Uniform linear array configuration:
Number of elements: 12
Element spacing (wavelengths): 1
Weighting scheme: exponential
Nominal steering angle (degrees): -30
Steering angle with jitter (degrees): -31.325
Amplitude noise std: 0.05
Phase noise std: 0.05

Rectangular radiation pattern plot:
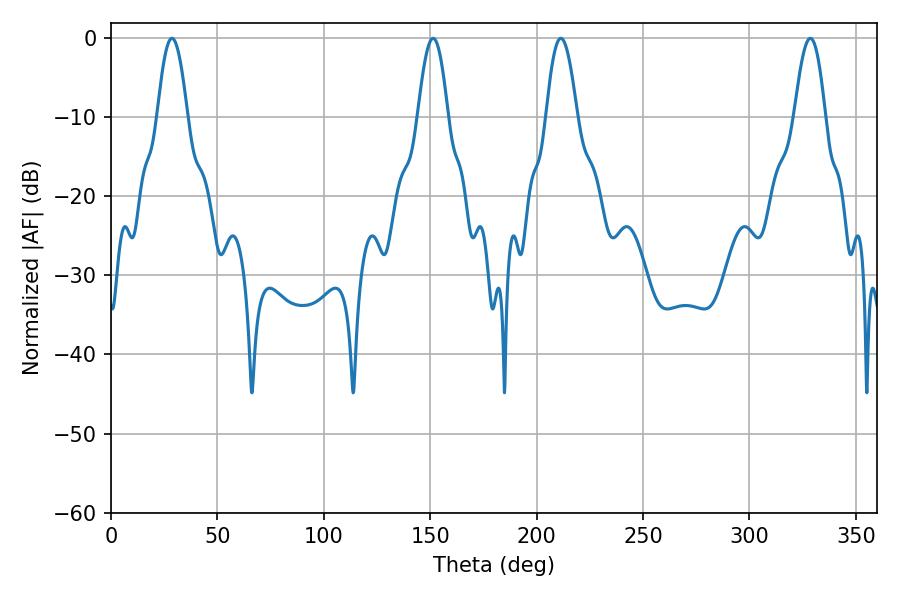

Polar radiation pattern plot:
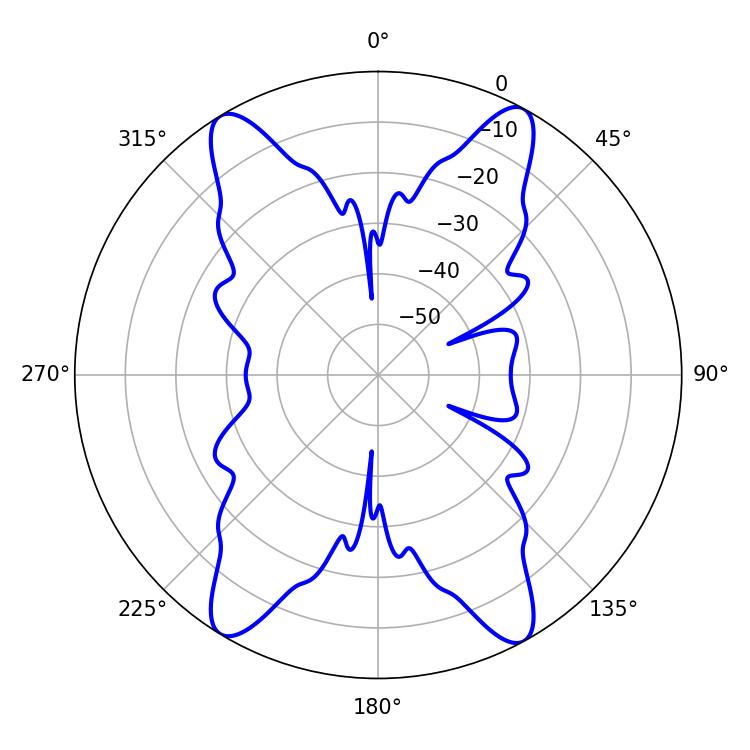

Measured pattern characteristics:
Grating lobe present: TRUE
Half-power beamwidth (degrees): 7.74
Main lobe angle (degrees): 28.62